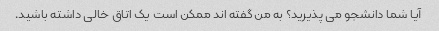
آیا شما دانشجو می پذیرید؟ به من گفته اند ممکن است یک اتاق خالی داشته باشید.